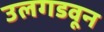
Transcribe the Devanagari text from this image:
उलगडवून